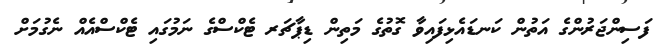
ފަސިންޖަރުންގެ އަތުން ކަނޑައެޅިފައިވާ ގޮތުގެ މަތިން ޑިޕާޗަރ ޓެކްސްގެ ނަމުގައި ޓެކްސްއެއް ނެގުމަށް